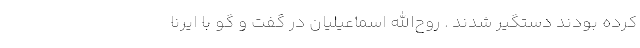
کرده بودند دستگیر شدند . روح‌الله اسماعیلیان در گفت و گو با ایرنا